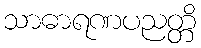
သာဓာရဏပညတ္တိ